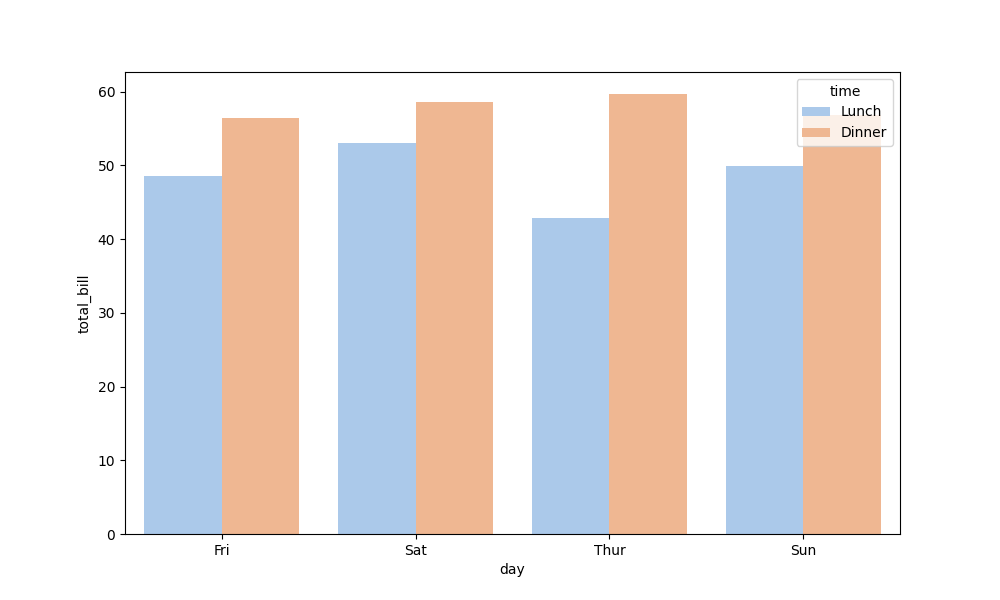
python, seaborn, barplot, hue='time', palette='pastel', ci=None, orient='v'